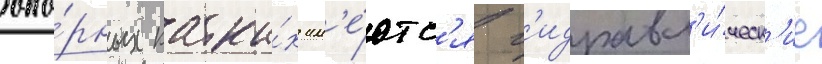
опо́рных катка́х им'е́ютс'я г'идравл'и́ческ'ие